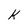
Character: k